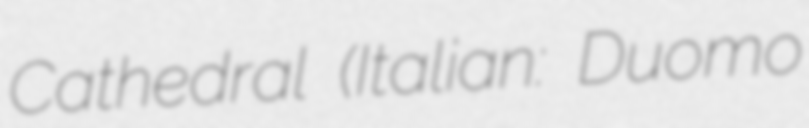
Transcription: Cathedral (Italian: Duomo